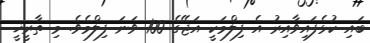
ބައި ކުޅެފައިވާއިރު އެ ފިލްމަކީ އަޖޭގެ 100 ވަނަ ފިލްމެވެ. މި ތާރީޚީ